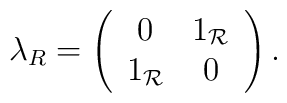
\lambda_{R}=\left(\begin{array}{cc} 0 & 1_{\mathcal R} \\ 1_{\mathcal R} & 0 \end{array}\right).